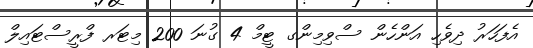
އެފަހަރު ދިވެހި އަންހެން ސްވިމިންގ ޓީމް 4 ގުނަ 200 މިޓަރ ފްރީސްޓައިލް